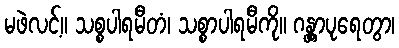
မဖဲလင့်။ သစ္စပါရမီတံ၊ သစ္စာပါရမီကို။ ဂန္တွာပုရေတွာ၊